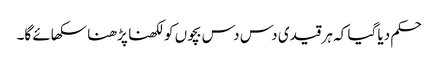
حکم دیا گیا کہ ہر قیدی دس دس بچوں کو لکھنا پڑھنا سکھائے گا۔